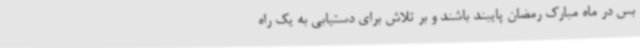
بس در ماه مبارک رمضان پایبند باشند و بر تلاش برای دستیابی به یک راه